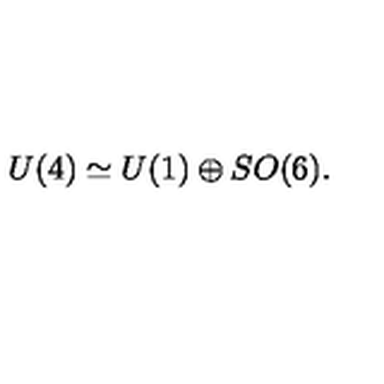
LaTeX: U ( 4 ) \simeq U ( 1 ) \oplus S O ( 6 ) .